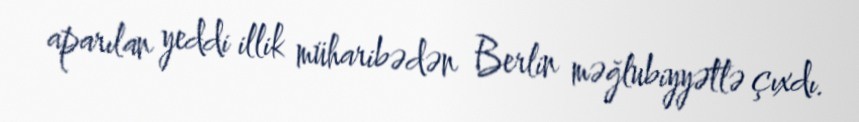
aparılan yeddi illik müharibədən Berlin məğlubiyyətlə çıxdı.